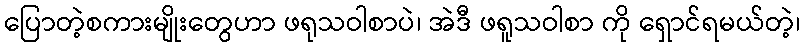
ပြောတဲ့စကားမျိုးတွေဟာ ဖရုသဝါစာပဲ၊ အဲဒီ ဖရူသဝါစာ ကို ရှောင်ရမယ်တဲ့၊